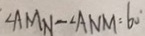
\angle A M N - \angle A N M = 6 0 ^ { \circ }